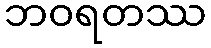
ဘဝရတဿ